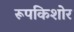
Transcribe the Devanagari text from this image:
रूपकिशोर